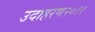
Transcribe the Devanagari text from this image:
उदाहरण२०११